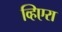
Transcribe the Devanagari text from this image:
व्हिएरा